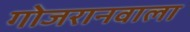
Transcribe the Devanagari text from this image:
गोजरानवाला